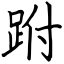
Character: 跗